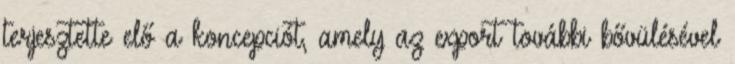
terjesztette elő a koncepciót, amely az export további bővülésével